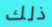
ذلك